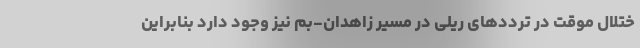
ختلال موقت در ترددهای ریلی در مسیر زاهدان-بم نیز وجود دارد بنابراین